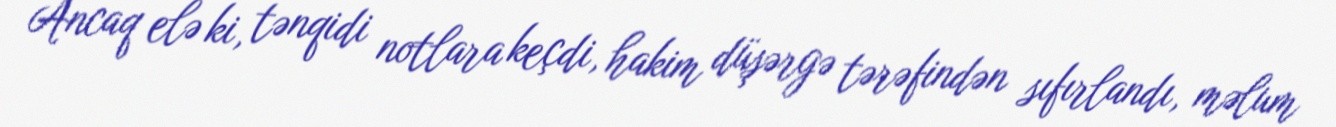
Ancaq elə ki, tənqidi notlara keçdi, hakim düşərgə tərəfindən sıfırlandı, məlum